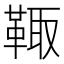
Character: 𩋄